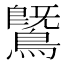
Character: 𪄵